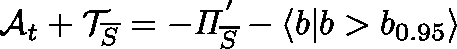
\mathcal { A } _ { t } + \mathcal { T } _ { \overline { { S } } } = - \mathit { \Pi } _ { \overline { { S } } } ^ { ' } - \langle b | b > b _ { 0 . 9 5 } \rangle